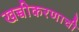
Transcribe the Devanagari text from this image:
खच्चीकरणाची